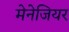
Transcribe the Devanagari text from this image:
मेनेजियर